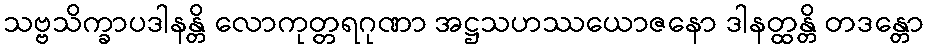
သဗ္ဗသိက္ခာပဒါနန္တိ လောကုတ္တရဂုဏာ အဋ္ဌသဟဿယောဇနော ဒါနတ္ထန္တိ တဒန္တော